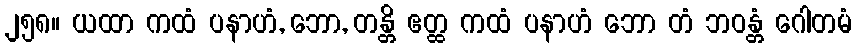
၂၅၈။ ယထာ ကထံ ပနာဟံ, ဘော, တန္တိ ဧတ္ထ ကထံ ပနာဟံ ဘော တံ ဘဝန္တံ ဂေါတမံ